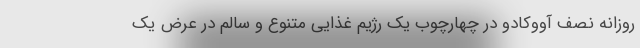
روزانه نصف آووکادو در چهارچوب یک رژیم غذایی متنوع و سالم در عرض یک